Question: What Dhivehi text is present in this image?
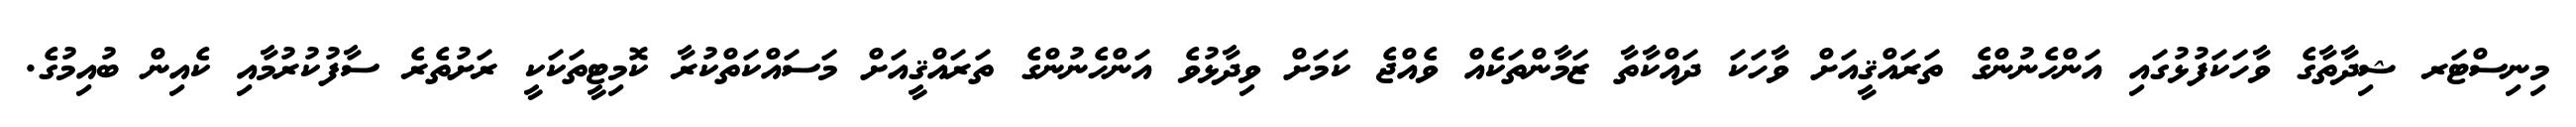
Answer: މިނިސްޓަރ ޝިދާތާގެ ވާހަކަފުޅުގައި އަންހެނުންގެ ތަރައްޤީއަށް ވާހަކަ ދައްކާތާ ޒަމާންތަކެއް ވެއްޖެ ކަމަށް ވިދާޅުވެ އަންހެނުންގެ ތަރައްޤީއަށް މަސައްކަތްކުރާ ކޮމިޓީތަކަކީ ރަށުތެރެ ސާފުކުރުމާއި ކެއިން ބުއިމުގެ.